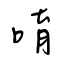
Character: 唷